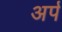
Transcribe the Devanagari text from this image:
अर्प